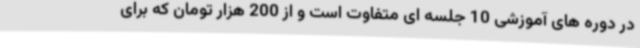
در دوره های آموزشی 10 جلسه ای متفاوت است و از 200 هزار تومان که برای